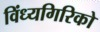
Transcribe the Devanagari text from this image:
विंध्यगिरिको